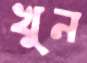
খুন